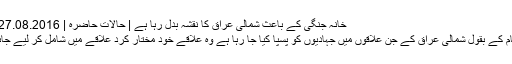
خانہ جنگی کے باعث شمالی عراق کا نقشہ بدل رہا ہے | حالات حاضرہ | DW | 27.08.2016
کرد حکام کے بقول شمالی عراق کے جن علاقوں میں جہادیوں کو پسپا کیا جا رہا ہے وہ علاقے خود مختار کرد علاقے میں شامل کر لیے جائیں گے۔